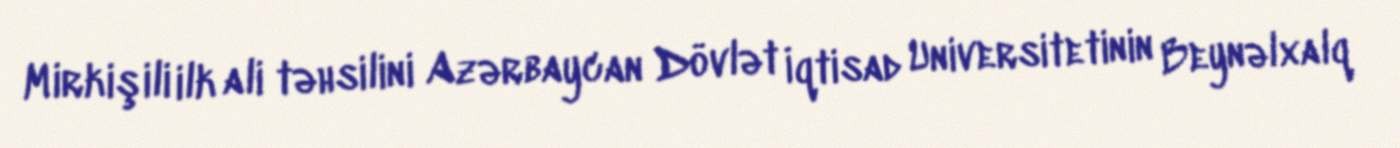
Mirkişili ilk ali təhsilini Azərbaycan Dövlət İqtisad Universitetinin Beynəlxalq